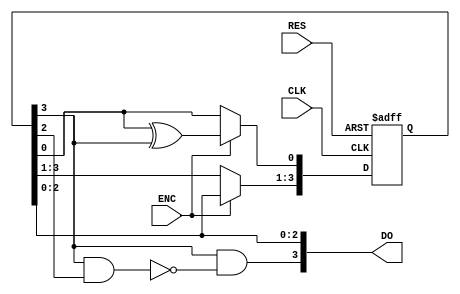
// (c) Aldec, Inc.
// All rights reserved.
//
// $Revision: 92945 $

`timescale 1ps / 1ps

// Verilog model of Pseudo Random Numbers Generator with Asynchronous Reset
// and Count Enable, for numbers from 1 to 11

module GEN (CLK, RES, DO, ENC);
input  CLK;
input  RES;
output [3:0]DO ;
input  ENC;
//
reg  [3:0]DOINT;
reg tmp;

//initial                        // cannot be synthesized !!
//      DOINT = 4'b0000;

always @ (posedge CLK or posedge RES)
begin
    if (RES)
        DOINT = 4'b0001;
    else if (ENC == 1'b1) // active edge of clock and clock enable
    begin
        tmp = DOINT[3];
        DOINT[3:1] = DOINT[2:0];
        DOINT[0] = DOINT[0] ^ tmp;
    end
end

assign DO[3] = DOINT[3] & ~(DOINT[3] & DOINT[2]);
assign DO[2:0] = DOINT[2:0];

endmodule